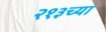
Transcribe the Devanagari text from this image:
२१३च्या